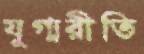
যুগ্মরীতি